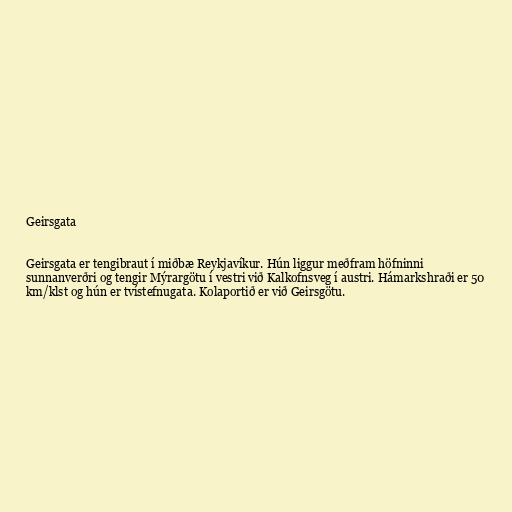
Geirsgata

Geirsgata er tengibraut í miðbæ Reykjavíkur. Hún liggur meðfram höfninni
sunnanverðri og tengir Mýrargötu í vestri við Kalkofnsveg í austri. Hámarkshraði er 50
km/klst og hún er tvístefnugata. Kolaportið er við Geirsgötu.